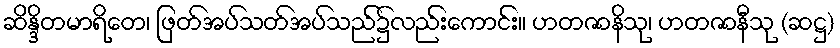
ဆိန္ဒိတမာရိတေ၊ ဖြတ်အပ်သတ်အပ်သည်၌လည်းကောင်း။ ဟတဇာနိသု၊ ဟတဇာနီသု (ဆဋ္ဌ)